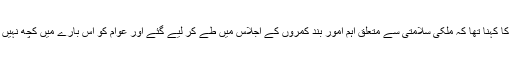
اسد عمر کا کہنا تھا کہ ملکی سلامتی سے متعلق اہم امور بند کمروں کے اجلاس میں طے کر لیے گئے اور عوام کو اس بارے میں کچھ نہیں بتایا گیا۔